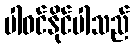
ပါဝင်နိုင်ပါသည်